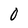
Character: 0